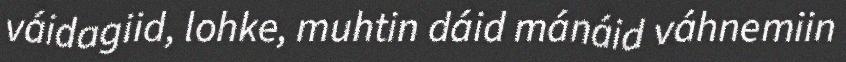
váidagiid, lohke, muhtin dáid mánáid váhnemiin